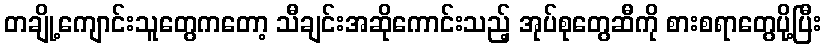
တချို့ကျောင်းသူတွေကတော့ သီချင်းအဆိုကောင်းသည့် အုပ်စုတွေဆီကို စားစရာတွေပို့ပြီး